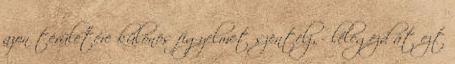
azon területére különös figyelmet szentelj, - lélegezd át ezt